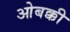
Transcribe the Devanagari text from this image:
ओबक्की